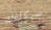
سيكلفك